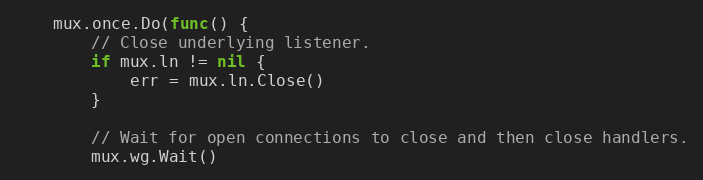
Language: Go
	mux.once.Do(func() {
		// Close underlying listener.
		if mux.ln != nil {
			err = mux.ln.Close()
		}

		// Wait for open connections to close and then close handlers.
		mux.wg.Wait()